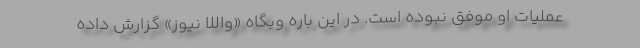
عملیات او موفق نبوده است. در این باره وبگاه «واللا نیوز» گزارش داده